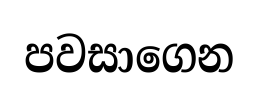
පවසාගෙන